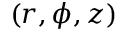
( r , \phi , z )